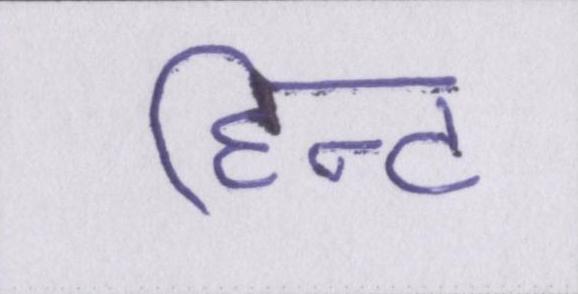
हिन्ट